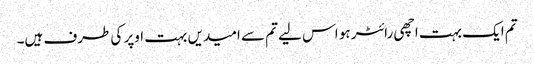
تم ایک بہت اچھی رائٹر ہو اس لیے تم سے امیدیں بہت اوپر کی طرف ہیں۔